Report on the working of the Ranchi Indian Mental Hospital, Kanke, in Bihar and Orissa - 1930-1940
Year: 1930
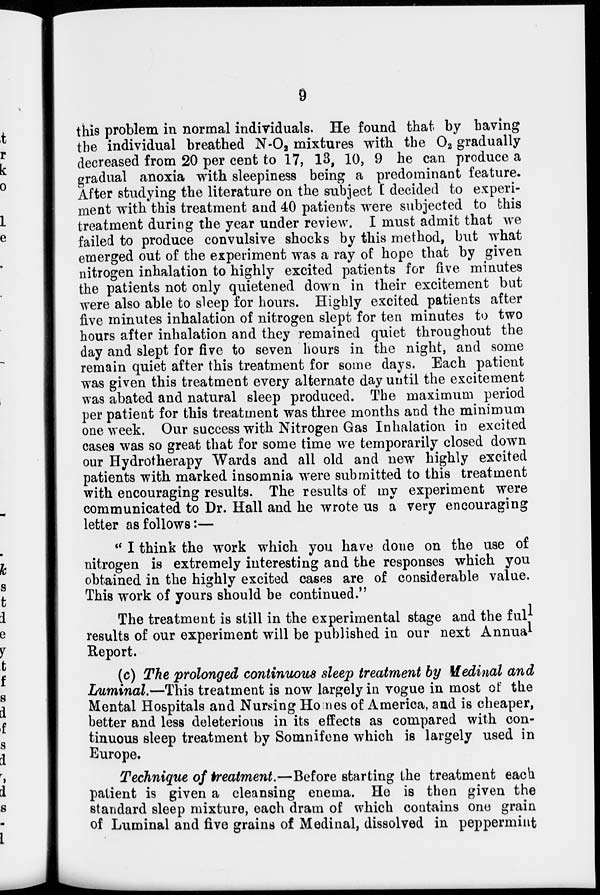
9
this problem in normal individuals. He found that, by having
the individual breathed N-O 2 mixtures with the O 2 gradually
decreased from 20 per cent to 17, 13, 10, 9 he can produce a
gradual anoxia with sleepiness being a predominant feature.
After studying the literature on the subject I decided to experi-
ment with this treatment and 40 patients were subjected to this
treatment during the year under review. I must admit that we
failed to produce convulsive shocks by this method, but what
emerged out of the experiment was a ray of hope that by given
nitrogen inhalation to highly excited patients for five minutes
the patients not only quietened down in their excitement but
were also able to sleep for hours. Highly excited patients after
five minutes inhalation of nitrogen slept for ten minutes to two
hours after inhalation and they remained quiet throughout the
day and slept for five to seven hours in the night, and some
remain quiet after this treatment for some days. Each patient
was given this treatment every alternate day until the excitement
was abated and natural sleep produced. The maximum period
per patient for this treatment was three months and the minimum
one week. Our success with Nitrogen Gas Inhalation in excited
cases was so great that for some time we temporarily closed down
our Hydrotherapy Wards and all old and new highly excited
patients with marked insomnia were submitted to this treatment
with encouraging results. The results of my experiment were
communicated to Dr. Hall and he wrote us a very encouraging
letter as follows:—
'' I think the work which you have done on the use of
nitrogen is extremely interesting and the responses which you
obtained in the highly excited cases are of considerable value.
This work of yours should be continued."
The treatment is still in the experimental stage and the full
results of our experiment will be published in our next Annual
Report.
(c) The prolonged continuous sleep treatment by Medinal and
Luminal.—This treatment is now largely in vogue in most of the
Mental Hospitals and Nursing Homes of America, and is cheaper,
better and less deleterious in its effects as compared with con-
tinuous sleep treatment by Somnifene which is largely used in
Europe.
Technique of treatment.—Before starting the treatment each
patient is given a cleansing enema. He is then given the
standard sleep mixture, each dram of which contains one grain
of Luminal and five grains of Medinal, dissolved in peppermint